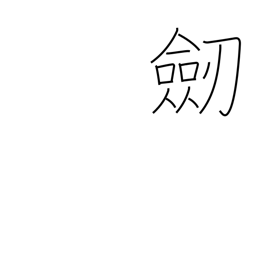
Meaning: sword